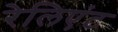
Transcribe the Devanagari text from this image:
रेलिएंट